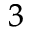
_ 3